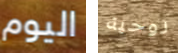
اليوم روحية